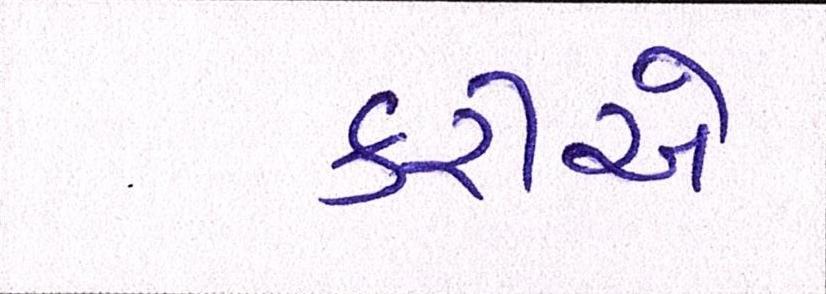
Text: કરીએ